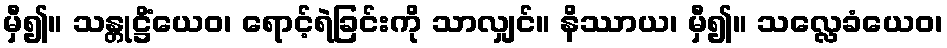
မှီ၍။ သန္တုဋ္ဌိံယေဝ၊ ရောင့်ရဲခြင်းကို သာလျှင်။ နိဿာယ၊ မှီ၍။ သလ္လေခံယေဝ၊